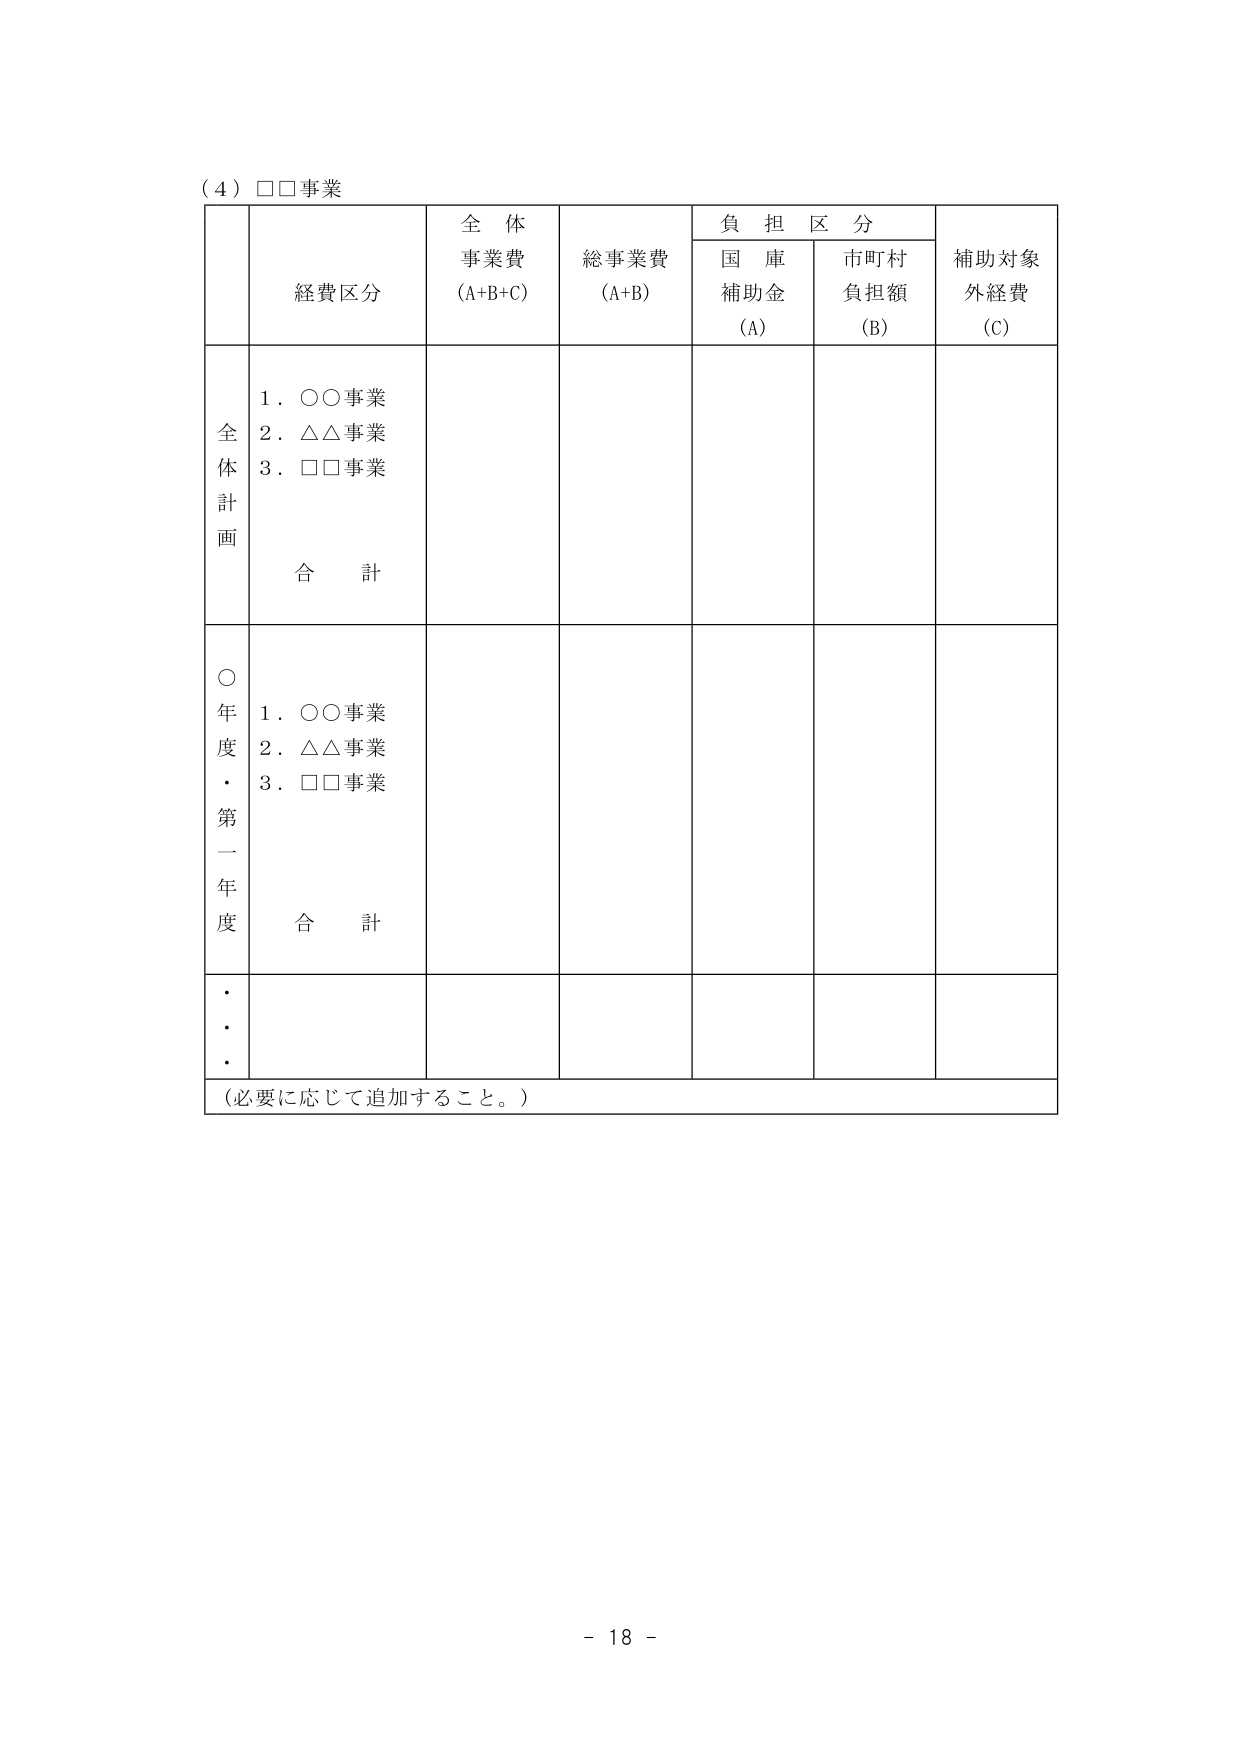
（４）□□事業

経費区分　全体事業費（A+B+C）　総事業費（A+B）　負担区分　補助対象外経費（C）
　　　　　　　　　　　　　　　　　国庫補助金（A）　市町村負担額（B）

全体計画
　１．○○事業
　２．△△事業
　３．□□事業
　　合計

○年度・第一年度
　１．○○事業
　２．△△事業
　３．□□事業
　　合計

・・・・

（必要に応じて追加すること。）

- 18 -